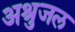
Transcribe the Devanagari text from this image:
अश्रुजल